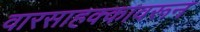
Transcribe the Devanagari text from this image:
वारसाहक्कावरून